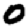
Digit: 0